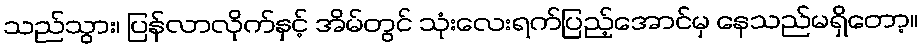
သည်သွား၊ ပြန်လာလိုက်နှင့် အိမ်တွင် သုံးလေးရက်ပြည့်အောင်မှ နေသည်မရှိတော့။